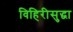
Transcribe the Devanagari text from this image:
विहिरीसुद्धा